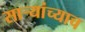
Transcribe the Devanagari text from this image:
साऱ्यांच्याच